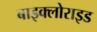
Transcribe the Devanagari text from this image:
बाइक्लोराइड